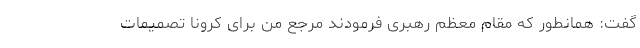
گفت: همانطور که مقام معظم رهبری فرمودند مرجع من برای کرونا تصمیمات